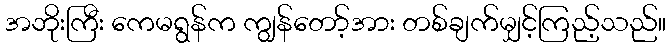
အဘိုးကြီး ကေမရွန်က ကျွန်တော့်အား တစ်ချက်မျှင့်ကြည့်သည်။